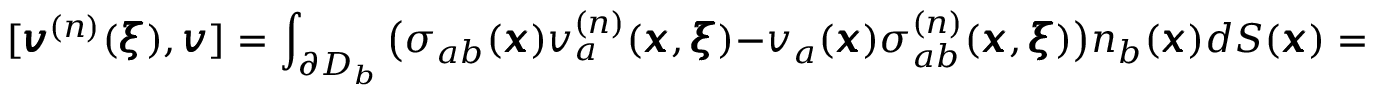
[ { \pmb v } ^ { ( n ) } ( { \pmb \xi } ) , { \pmb v } ] = \int _ { \partial D _ { b } } \big ( \sigma _ { a b } ( { \pmb x } ) v _ { a } ^ { ( n ) } ( { \pmb x } , { \pmb \xi } ) - v _ { a } ( { \pmb x } ) \sigma _ { a b } ^ { ( n ) } ( { \pmb x } , { \pmb \xi } ) \big ) n _ { b } ( { \pmb x } ) d S ( { \pmb x } ) = 0 , \qquad { { \forall } \, { \pmb v } ( { \pmb x } ) }